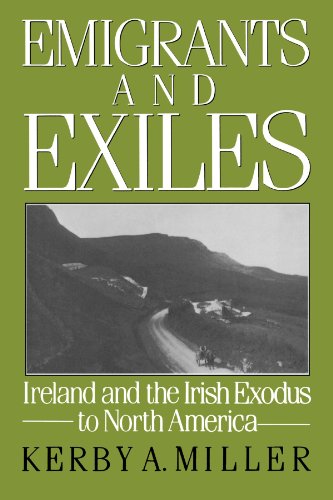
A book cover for Emigrants and Exiles: Ireland and the Irish Exodus to North America (Oxford Paperbacks); Kerby A. Miller; History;